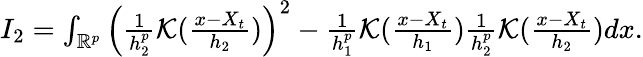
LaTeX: \begin{array}{r}{I_{2}=\int_{\mathbb{R}^{p}}\Big(\frac{1}{h_{2}^{p}}\mathcal{K}(\frac{x-X_{t}}{h_{2}})\Big)^{2}-\frac{1}{h_{1}^{p}}\mathcal{K}(\frac{x-X_{t}}{h_{1}})\frac{1}{h_{2}^{p}}\mathcal{K}(\frac{x-X_{t}}{h_{2}})dx.}\end{array}